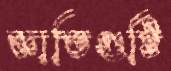
জ্ঞাতিগুষ্টি